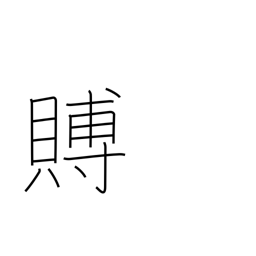
Meaning: condolence gift